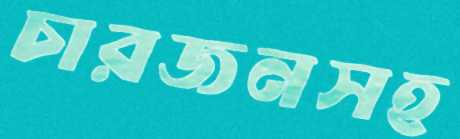
চারজনসহ